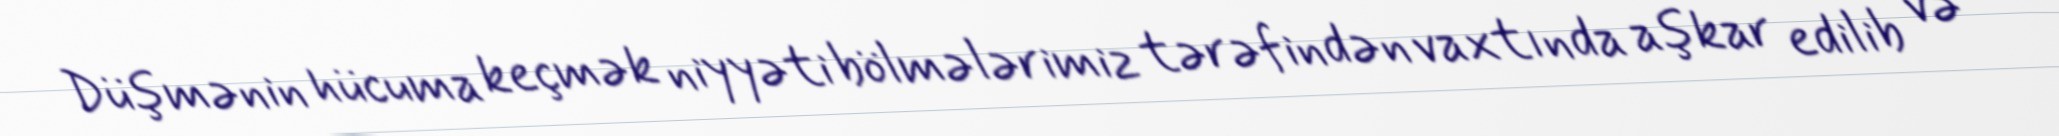
Düşmənin hücuma keçmək niyyəti bölmələrimiz tərəfindən vaxtında aşkar edilib və